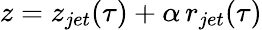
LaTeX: z=z_{jet}(\tau)+\alpha\, r_{jet}(\tau)